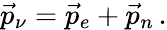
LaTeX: \vec{p}_{\nu}=\vec{p}_{e}+\vec{p}_{n}\, .